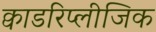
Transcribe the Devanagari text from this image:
क्वाडरिप्लीजिक